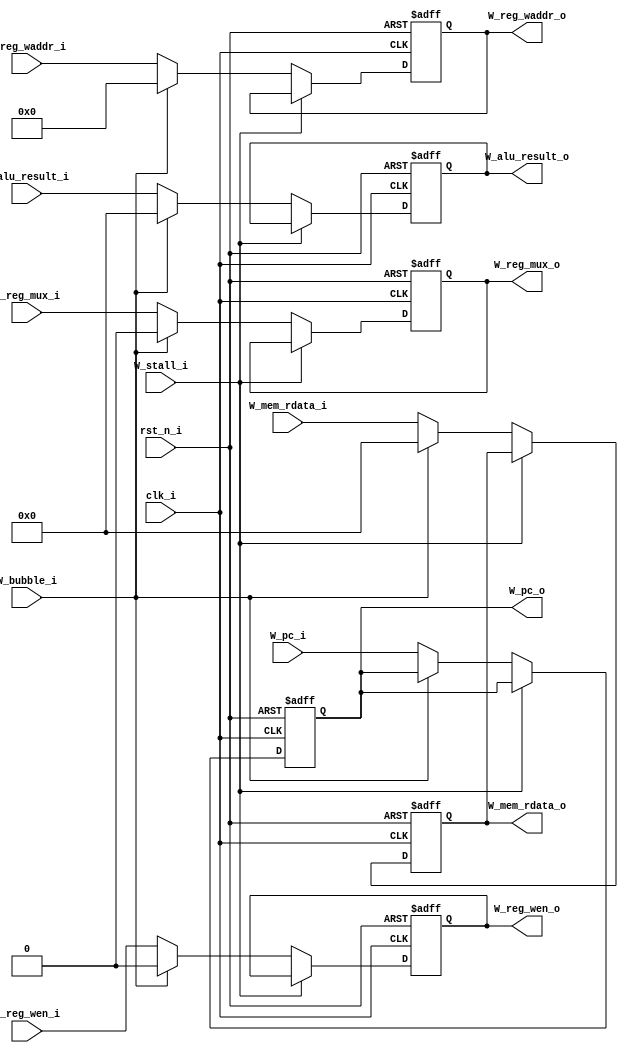
module pipe_W_reg(
    input               clk_i,
    input               rst_n_i,
    input               W_bubble_i,
    input               W_stall_i,
    input      [63:0]   W_pc_i,         
    output reg [63:0]   W_pc_o,
    input      [63:0]   W_alu_result_i,
    output reg [63:0]   W_alu_result_o,
    input      [63:0]   W_mem_rdata_i,
    output reg [63:0]   W_mem_rdata_o,
    input               W_reg_wen_i,
    output reg          W_reg_wen_o,
    input               W_reg_mux_i,
    output reg          W_reg_mux_o,
    input      [4:0]    W_reg_waddr_i,
    output reg [4:0]    W_reg_waddr_o 
);

    wire [63:0] W_pc_next;
    wire [63:0] W_alu_result_next;
    wire [63:0] W_mem_rdata_next;
    wire        W_reg_wen_next;
    wire        W_reg_mux_next;
    wire [4:0]  W_reg_waddr_next;    

    assign W_pc_next = (W_stall_i) ? W_pc_o :
                       (W_bubble_i) ? W_pc_o :
                       W_pc_i;
    
    assign W_alu_result_next = (W_stall_i) ? W_alu_result_o :
                               (W_bubble_i) ? 64'b0 :
                               W_alu_result_i;
    
    assign W_mem_rdata_next = (W_stall_i) ? W_mem_rdata_o :
                              (W_bubble_i) ? 64'b0 :
                               W_mem_rdata_i;
    
    assign W_reg_wen_next = (W_stall_i) ? W_reg_wen_o :
                            (W_bubble_i) ? 1'b0 :
                            W_reg_wen_i;
    
    assign W_reg_mux_next = (W_stall_i) ? W_reg_mux_o :
                            (W_bubble_i) ? 1'b0 :
                            W_reg_mux_i;
    
    assign W_reg_waddr_next = (W_stall_i) ? W_reg_waddr_o :
                              (W_bubble_i) ? 5'b0 :
                              W_reg_waddr_i;

    always@(posedge clk_i or negedge rst_n_i)begin
        if(~rst_n_i)begin
            W_pc_o <= 64'b0;
            W_alu_result_o <= 64'b0;
            W_mem_rdata_o <= 64'b0;
            W_reg_wen_o <= 1'b0;
            W_reg_mux_o <= 1'b0;
            W_reg_waddr_o <= 5'b0;            
        end
        else begin
            W_pc_o <= W_pc_next;
            W_alu_result_o <= W_alu_result_next;
            W_mem_rdata_o <= W_mem_rdata_next;
            W_reg_wen_o <= W_reg_wen_next;
            W_reg_mux_o <= W_reg_mux_next;
            W_reg_waddr_o <= W_reg_waddr_next;
        end
    end
endmodule